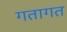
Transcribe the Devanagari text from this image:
गतागत